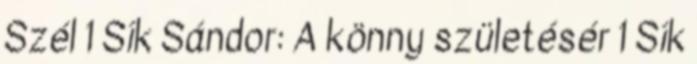
Szél 1 Sík Sándor: A könny születésér 1 Sík